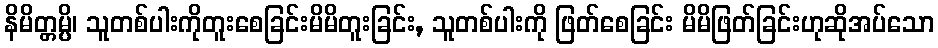
နိမိတ္တမ္ပိ၊ သူတစ်ပါးကိုတူးစေခြင်းမိမိတူးခြင်း, သူတစ်ပါးကို ဖြတ်စေခြင်း မိမိဖြတ်ခြင်းဟုဆိုအပ်သော